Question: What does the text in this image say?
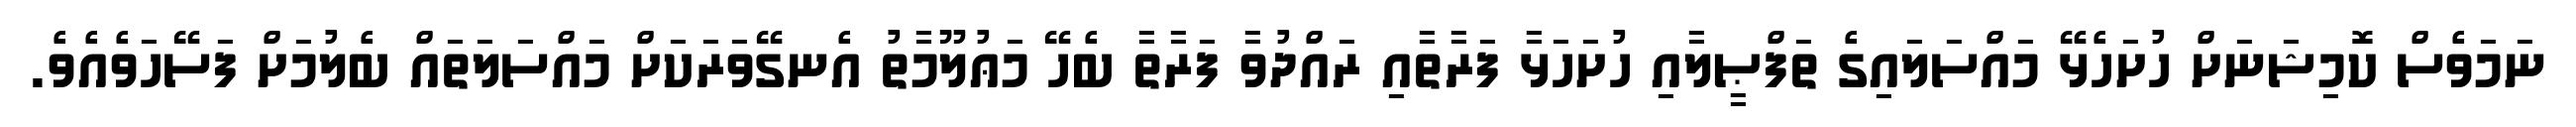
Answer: ނަމަވެސް ކޮމިޝަނަށް ހުށަހެޅޭ މައްސަލައިގެ ތަފްޞީލާއި ހުށަހަޅާ ފަރާތާއި ރައްދުވާ ފަރާތާ ބެހޭ މަޢުލޫމާތު އެނގޭވަރަކަށް މައްސަލަތައް ބެލުމަށް ފަސޭހަވެއެވެ.